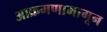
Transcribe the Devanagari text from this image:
आक्रमणामागून